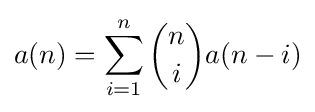
a(n)=\sum _{i=1}^{n}{\binom {n}{i}}a(n-i)